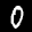
Label: 0